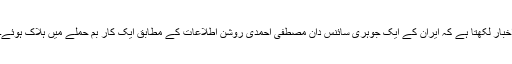
اخبار لکھتا ہے کہ ایران کے ایک جوہری سائنس دان مصطفیٰ احمدی روشن اطلاعات کے مطابق ایک کار بم حملے میں ہلاک ہوئے۔